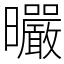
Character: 曮